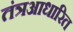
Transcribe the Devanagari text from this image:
तंत्रआधारित